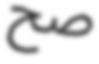
صح